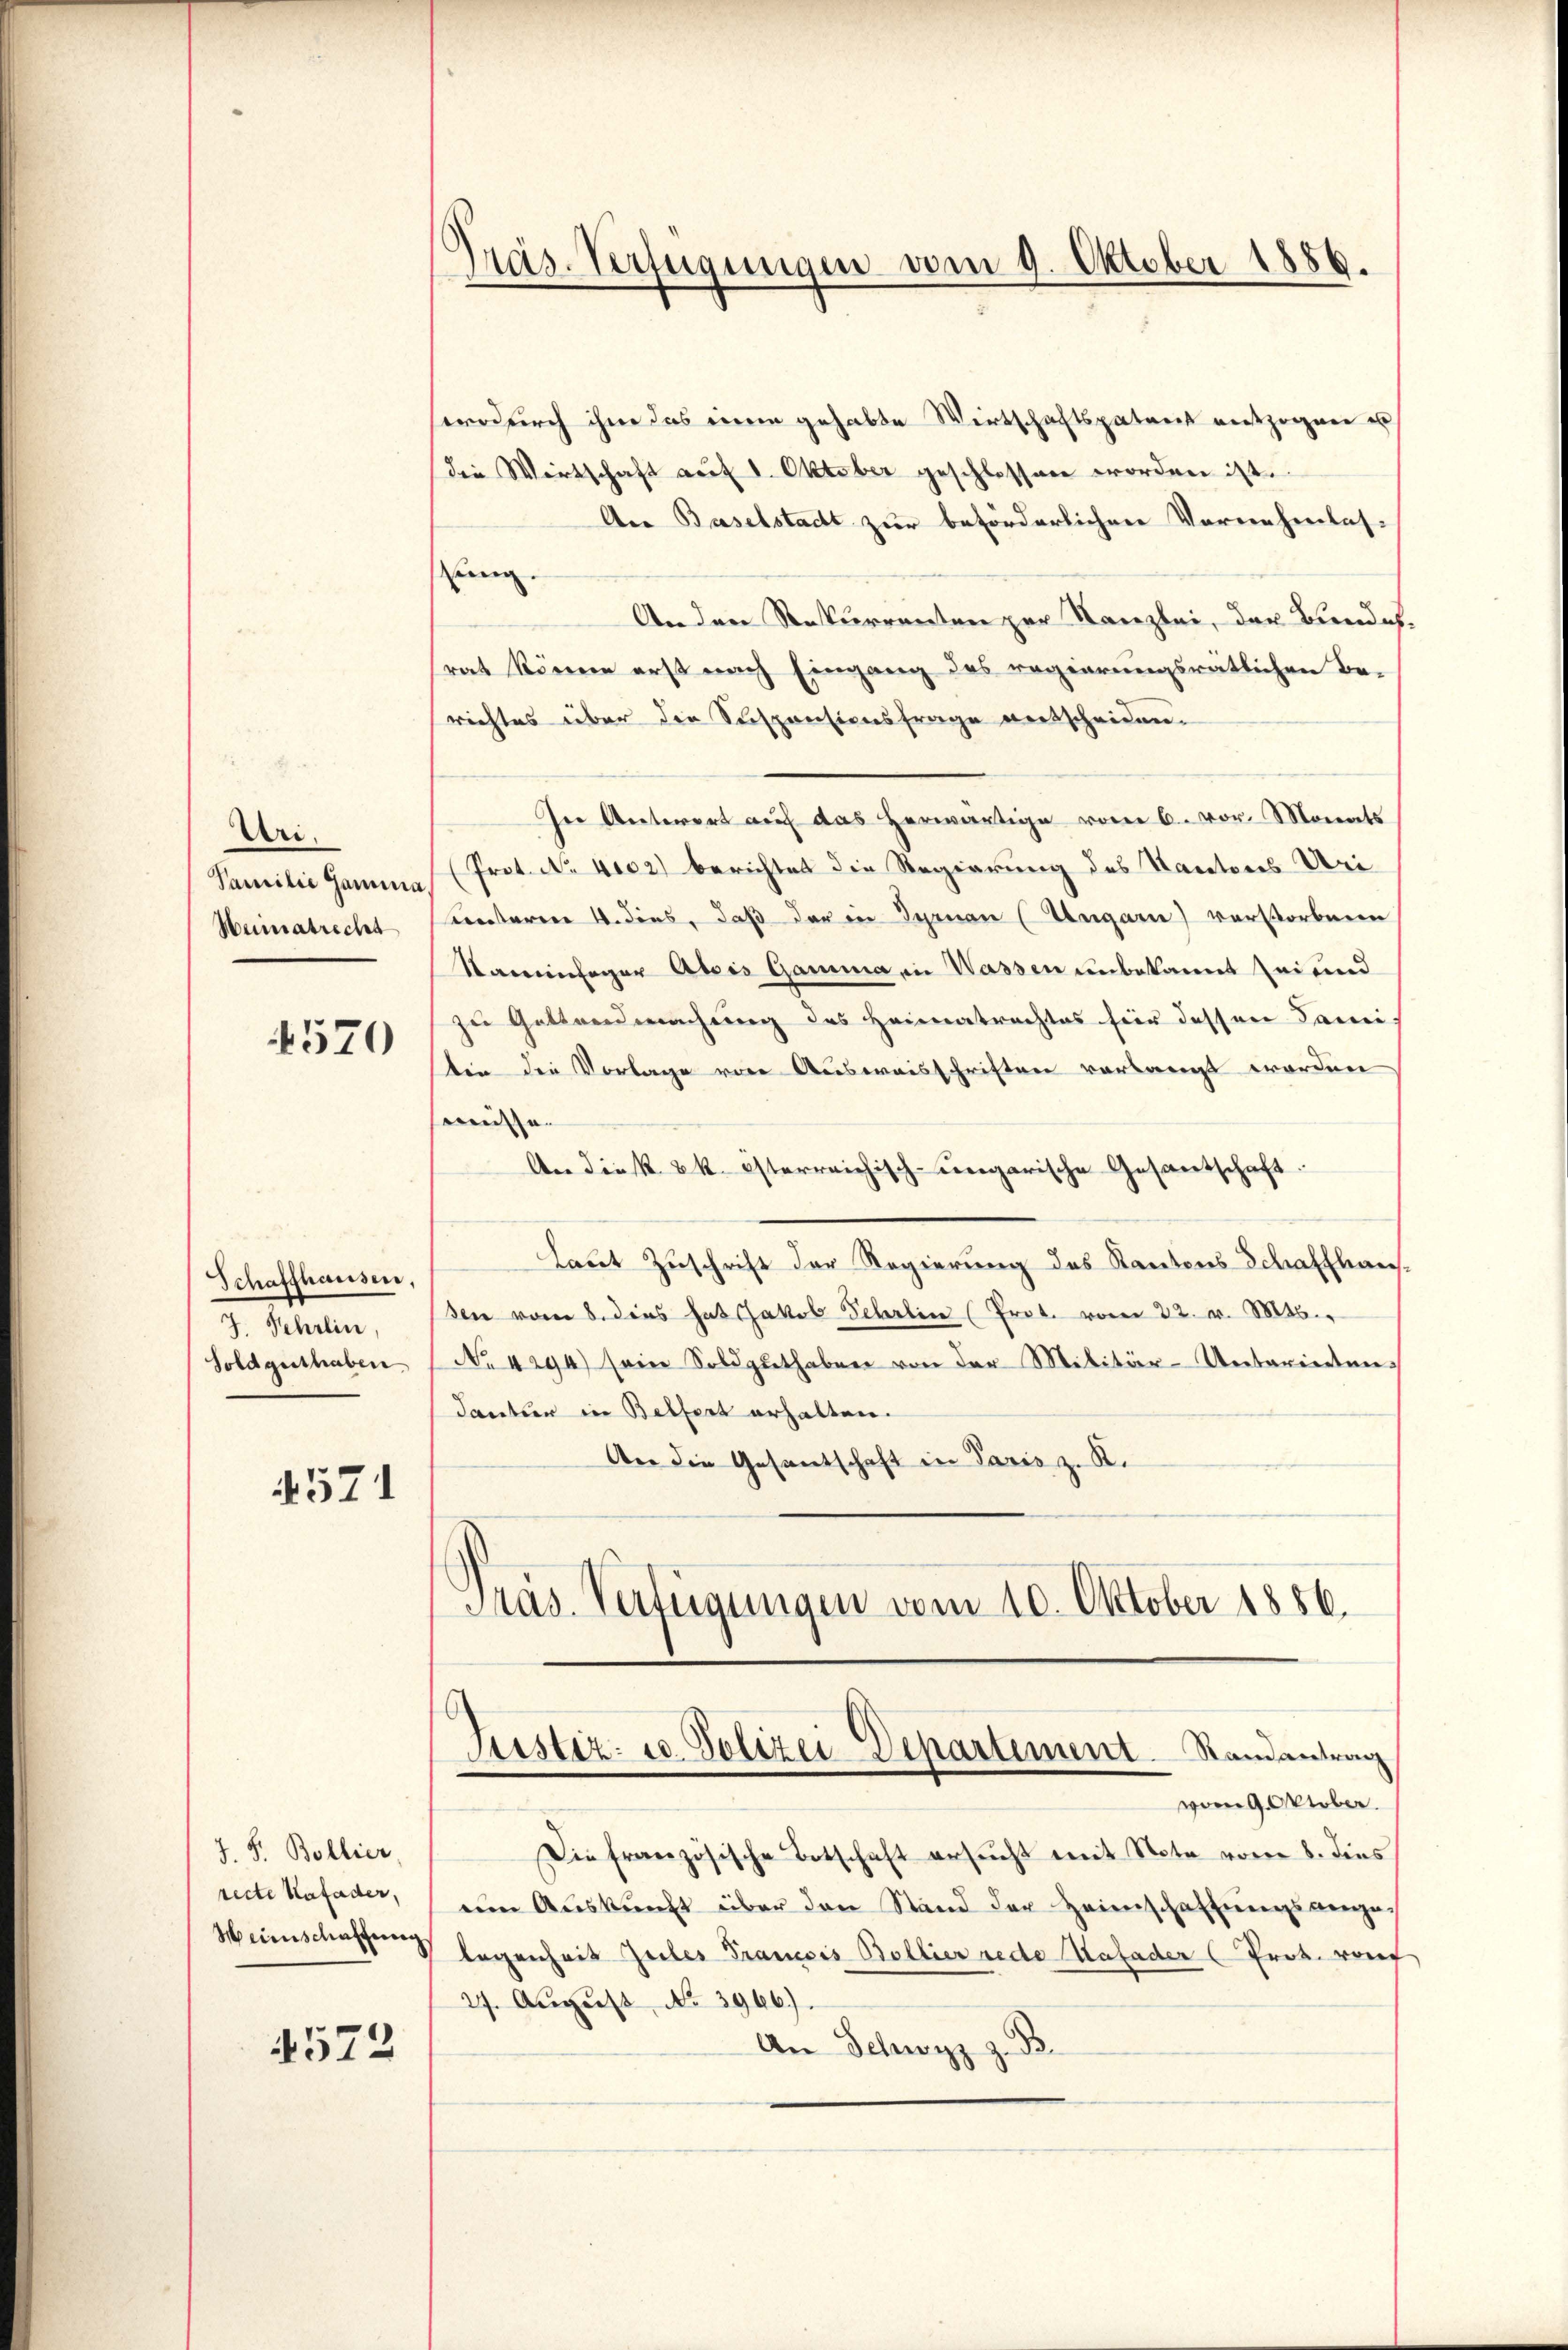
Uri.
Samilie Hamma
Weimatrecht

4570

Schaffhausen,
7. Sehrlin,
Sold gethaben

1571

J. F. Bollier,
recte Kafader,
Heinschaffung.

4572

Präs. Verfügungen vom 9. Oktober 1886.

erdurch ihne das einen gehabte Wirtschaftspatent entzogen u
die Wirtschaft auf 1. Oktober geschlossen worden ist.
An Baselstadt zur beförderlichen Vornehmlas-
eig.
An den Rekurrenten zur Kanzlei, der Bundes-
rat könne erst nach Eingang des regierungsratlichen Be-
richtes über die Suspensionsfrage vertscheiden.
In Antwort auf das herwärtige vom 6. vor. Monats
(Prot. No. 4002) berichtet die Regierung des Saratores Veri
unterm 4. dies, daß der in Synau (Ungarn) verstorbene
Samenhager Abris Gamma, in Wassen unbekannt sei und
zu Geltendmachung des Heimatrachtes für dessen Fami-
tin die Vorlage von Ausweisschriften vorlangt worden
müsse.
An die k. k. österreichisch-ungarische Gesantschaft
laut Zuschrift der Regierung des Kantons Schaffhausden vom 8. dies hat Jakob Schrlin (Prot. vom 22. v. Mts.
No 4294) sein Soldzŭthaben von der Militär-Unterinten
Tanten in Bettert erhalten.
An die Gesantschaft in Paris z. R.
Pras. Verfügungen vom 10. Oktober 1856.

Justiz- u. Polizei Departement. Randantrag
vom 9. Oktober.

Die französische Botschaft ersŭcht mit Note vom 8. dies
em Auskunft über den Stand der Heimschaftungsanges
 legenheit Zules Francois Bollier rede afader (Prot. von
27. Aŭgŭst No 3966).
An Schwyz z.